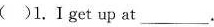
( )1.I get up at___.